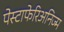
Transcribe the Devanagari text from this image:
पेस्टाफेरिअनिज्म